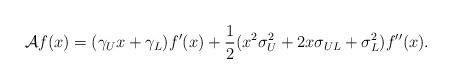
LaTeX: \begin{align*}\mathcal{A} f(x) = (\gamma_U x + \gamma_L) f'(x) +\frac{1}{2} ( x^2 \sigma_U^2 + 2 x \sigma_{UL} + \sigma_L^2) f''(x). \end{align*}